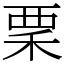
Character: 䅇